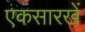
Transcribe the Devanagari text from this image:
एकसारखें